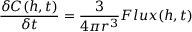
\frac { \delta C ( h , t ) } { \delta t } = \frac { 3 } { 4 \pi r ^ { 3 } } F l u x ( h , t )